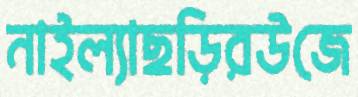
নাইল্যাছড়িরউজে